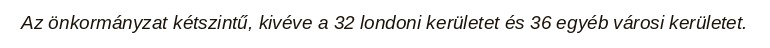
Az önkormányzat kétszintű, kivéve a 32 londoni kerületet és 36 egyéb városi kerületet.